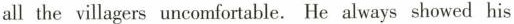
all the villagers uncomfortable. He always showed his